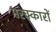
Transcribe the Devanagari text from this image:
मरक्कारों